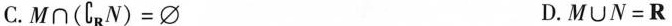
C.$$M \cap (\complement_R N)= \phi$$ D.$$M \cup N = R$$